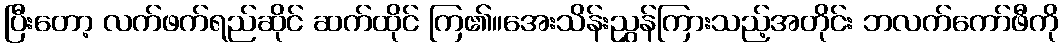
ပြီးတော့ လက်ဖက်ရည်ဆိုင် ဆက်ထိုင် ကြ၏။အေးသိန်းညွှန်ကြားသည့်အတိုင်း ဘလက်ကော်ဖီကို